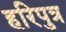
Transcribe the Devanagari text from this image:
हरिपुत्र